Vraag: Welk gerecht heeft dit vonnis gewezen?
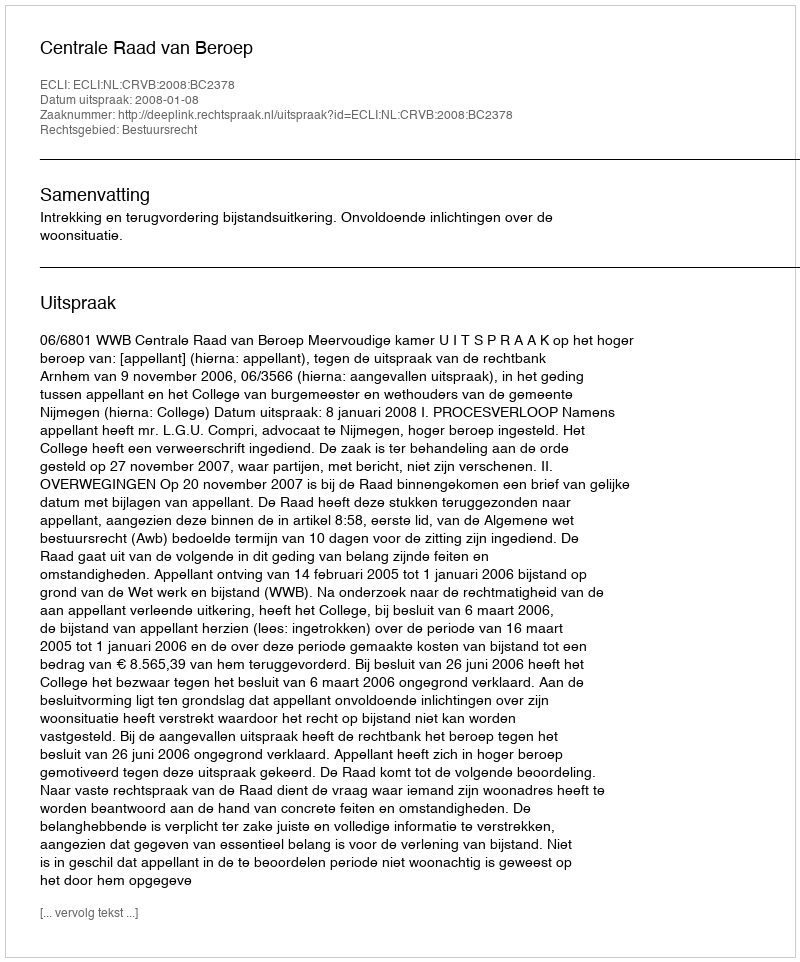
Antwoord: Centrale Raad van Beroep